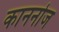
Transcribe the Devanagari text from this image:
काननोज